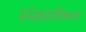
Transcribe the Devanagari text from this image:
संख्याविषयक